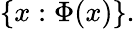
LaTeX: \{ x:\Phi(x)\} .